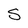
Character: S